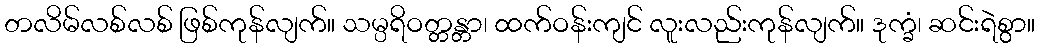
တလိမ်လစ်လစ် ဖြစ်ကုန်လျက်။ သမ္ပရိဝတ္တန္တာ၊ ထက်ဝန်းကျင် လူးလည်းကုန်လျက်။ ဒုက္ခံ၊ ဆင်းရဲစွာ။